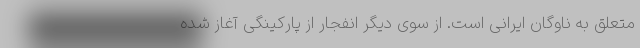
متعلق به ناوگان ایرانی است. از سوی دیگر انفجار از پارکینگی آغاز شده